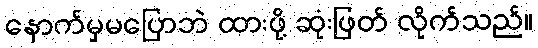
နောက်မှမပြောဘဲ ထားဖို့ ဆုံးဖြတ် လိုက်သည်။